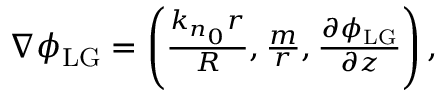
\begin{array} { r } { \nabla \phi _ { \mathrm { L G } } = \left( \frac { k _ { n _ { 0 } } r } { R } , \frac { m } { r } , \frac { \partial \phi _ { \mathrm { L G } } } { \partial z } \right) , } \end{array}